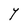
Character: Y